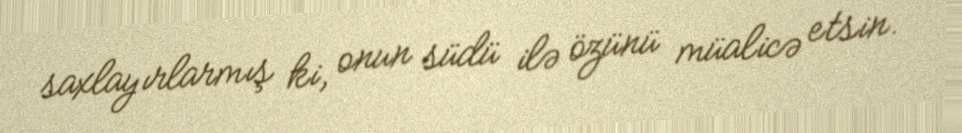
saxlayırlarmış ki, onun südü ilə özünü müalicə etsin.